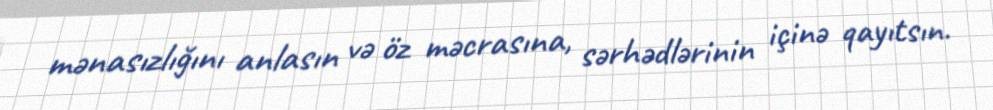
mənasızlığını anlasın və öz məcrasına, sərhədlərinin içinə qayıtsın.